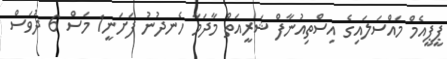
ޕީޕީއެމް މައްސަލައިގެ އިސްތިއުނާފް ޝަރީއަތް މާދަމާ ހެނދުނު ފަށަނީ1 މަސް 6 ދުވަސް